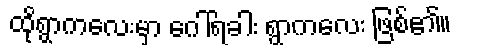
ထိုရွာကလေးမှာ ဂေါ်ရခါး ရွာကလေး ဖြစ်၏။